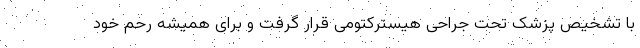
با تشخیص پزشک تحت جراحی هیسترکتومی قرار گرفت و برای همیشه رحم خود